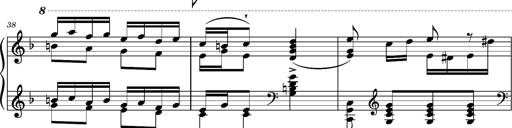
Title: Ungarischer Romanzero
Composer: Franz Liszt